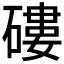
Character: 𥕍